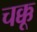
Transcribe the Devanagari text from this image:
चक्कू